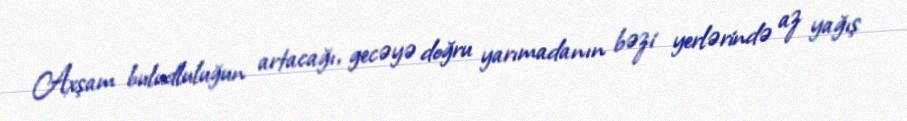
Axşam buludluluğun artacağı, gecəyə doğru yarımadanın bəzi yerlərində az yağış